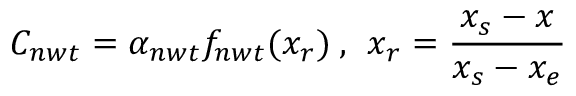
C _ { n w t } = \alpha _ { n w t } f _ { n w t } ( x _ { r } ) \: , \: \: x _ { r } = \frac { x _ { s } - x } { x _ { s } - x _ { e } }